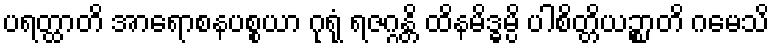
ပရတ္ထာတိ အာရောစနပစ္စယာ ဂုရုံ ရဇဂ္ဂန္တိ ထိနမိဒ္ဓမ္ပိ ပါစိတ္တိယဉ္စာတိ ဂမေသိ